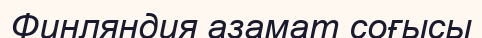
Финляндия азамат соғысы